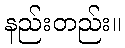
နည်းတည်း။